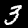
Label: 3